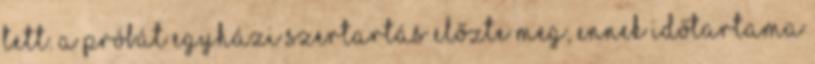
tett. A próbát egyházi szertartás előzte meg, ennek időtartama